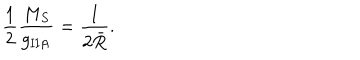
{ \frac { 1 } { 2 } } { \frac { M _ { S } } { g _ { \mathrm { I I A } } ^ { } } } = { \frac { 1 } { 2 \bar { R } } } .